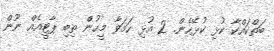
ބަތްކައްކާ ކުޅި ކުޅޭހެން. 2 އުޅި ހަމަވާ މީހުންް ތިބި ޕާޓީއެއް ނޫން